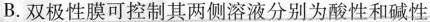
B.双极性膜可控制其两侧溶液分别为酸性和碱性